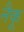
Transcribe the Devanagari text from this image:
नैकू